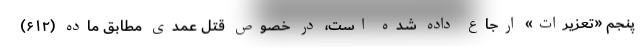
پنجم «تعزیرات» ارجاع داده شده است، در خصوص قتل عمدی مطابق ماده (۶۱۲)